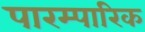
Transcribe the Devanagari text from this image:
पारम्पारिक